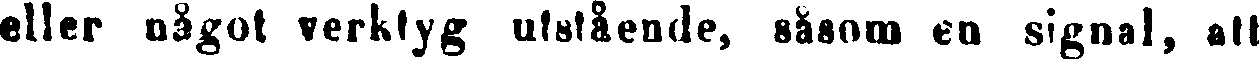
eller något verktyg utstående, såsom en signal, att